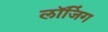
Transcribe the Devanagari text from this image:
लॉजिंग